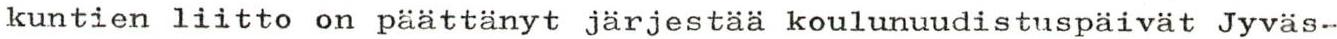
kuntien liitto on päättänyt järjestää koulunuudistuspäivät Jyväs-